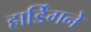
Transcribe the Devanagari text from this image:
हार्डिंगने